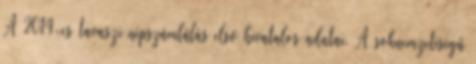
A 2014-es tavaszi népszámlálás első hivatalos adatai. A soknemzetiségű